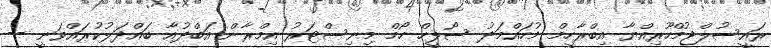
ރައީސުލްޖުމްހޫރިއްޔާ އިބްރާހީމް މުހައްމަދު ސޯލީހް ހޯމް މިނިސްޓަރު އިމްރާން އަބްދުއާ ބައްދަލުކުރައްވަނީ --